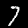
Digit: 7